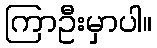
ကြာဦးမှာပါ။